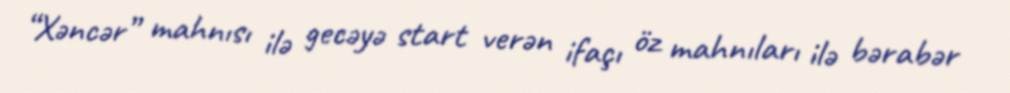
“Xəncər” mahnısı ilə gecəyə start verən ifaçı öz mahnıları ilə bərabər